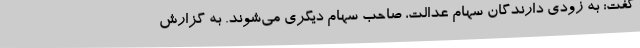
گفت: به زودی دارندگان سهام‌ عدالت، صاحب سهام دیگری می‌شوند. به گزارش